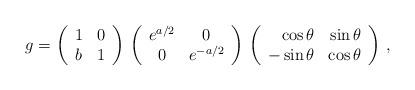
LaTeX: \begin{align*} g=\left( \begin{array}{cc} 1 & 0 \\ b & 1 \end{array} \right)\, \left( \begin{array}{cc} e^{a/2} & 0 \\ 0 & e^{-a/2} \end{array} \right)\, \left( \begin{array}{rr} \cos\theta & \sin\theta \\ -\sin\theta & \cos\theta \end{array} \right)\,,\end{align*}